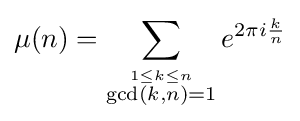
\mu (n)=\sum _{\stackrel {1\leq k\leq n}{\gcd(k,n)=1}}e^{2\pi i{\frac {k}{n}}}